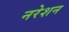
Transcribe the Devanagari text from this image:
नरेशन